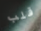
قلب